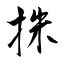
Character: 㧣